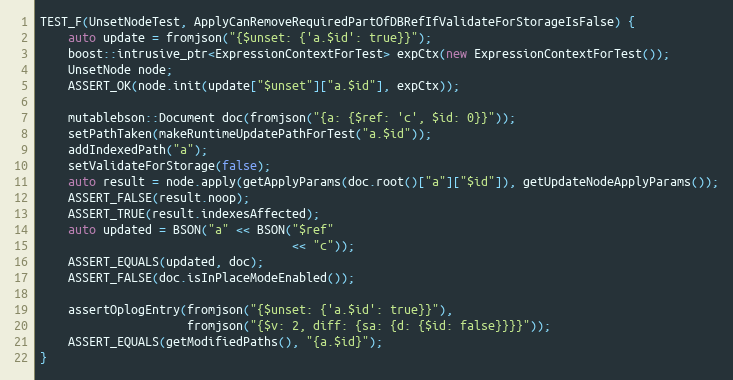
Language: C++
TEST_F(UnsetNodeTest, ApplyCanRemoveRequiredPartOfDBRefIfValidateForStorageIsFalse) {
    auto update = fromjson("{$unset: {'a.$id': true}}");
    boost::intrusive_ptr<ExpressionContextForTest> expCtx(new ExpressionContextForTest());
    UnsetNode node;
    ASSERT_OK(node.init(update["$unset"]["a.$id"], expCtx));

    mutablebson::Document doc(fromjson("{a: {$ref: 'c', $id: 0}}"));
    setPathTaken(makeRuntimeUpdatePathForTest("a.$id"));
    addIndexedPath("a");
    setValidateForStorage(false);
    auto result = node.apply(getApplyParams(doc.root()["a"]["$id"]), getUpdateNodeApplyParams());
    ASSERT_FALSE(result.noop);
    ASSERT_TRUE(result.indexesAffected);
    auto updated = BSON("a" << BSON("$ref"
                                    << "c"));
    ASSERT_EQUALS(updated, doc);
    ASSERT_FALSE(doc.isInPlaceModeEnabled());

    assertOplogEntry(fromjson("{$unset: {'a.$id': true}}"),
                     fromjson("{$v: 2, diff: {sa: {d: {$id: false}}}}"));
    ASSERT_EQUALS(getModifiedPaths(), "{a.$id}");
}